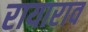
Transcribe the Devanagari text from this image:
रायाराव